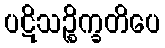
ပဋိသဉ္စိက္ခတိပေ